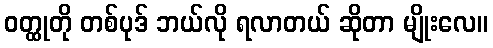
ဝတ္ထုတို တစ်ပုဒ် ဘယ်လို ရလာတယ် ဆိုတာ မျိုးလေ။